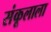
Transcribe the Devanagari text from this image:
संकूलाला